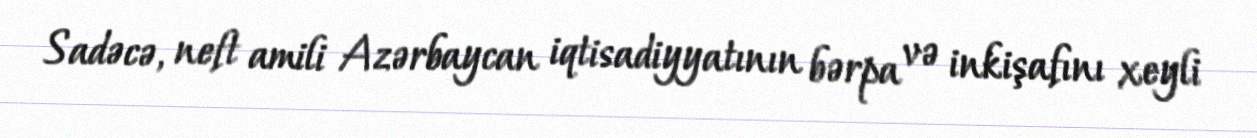
Sadəcə, neft amili Azərbaycan iqtisadiyyatının bərpa və inkişafını xeyli